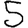
Digit: 5